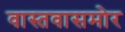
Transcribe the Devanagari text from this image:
वास्तवासमोर